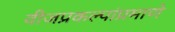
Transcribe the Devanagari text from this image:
वीजप्रकल्पांप्रमाणे